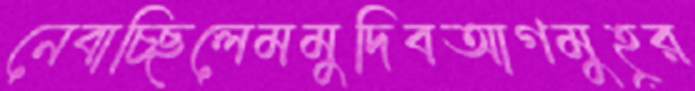
নেবাচ্ছিলেমমুদিবআগমুহূর